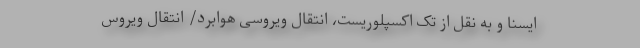
ایسنا و به نقل از تک اکسپلوریست، انتقال ویروسی هوابرد/ انتقال ویروس